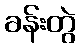
ခန်းတွဲ